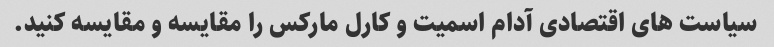
سیاست های اقتصادی آدام اسمیت و کارل مارکس را مقایسه و مقایسه کنید.